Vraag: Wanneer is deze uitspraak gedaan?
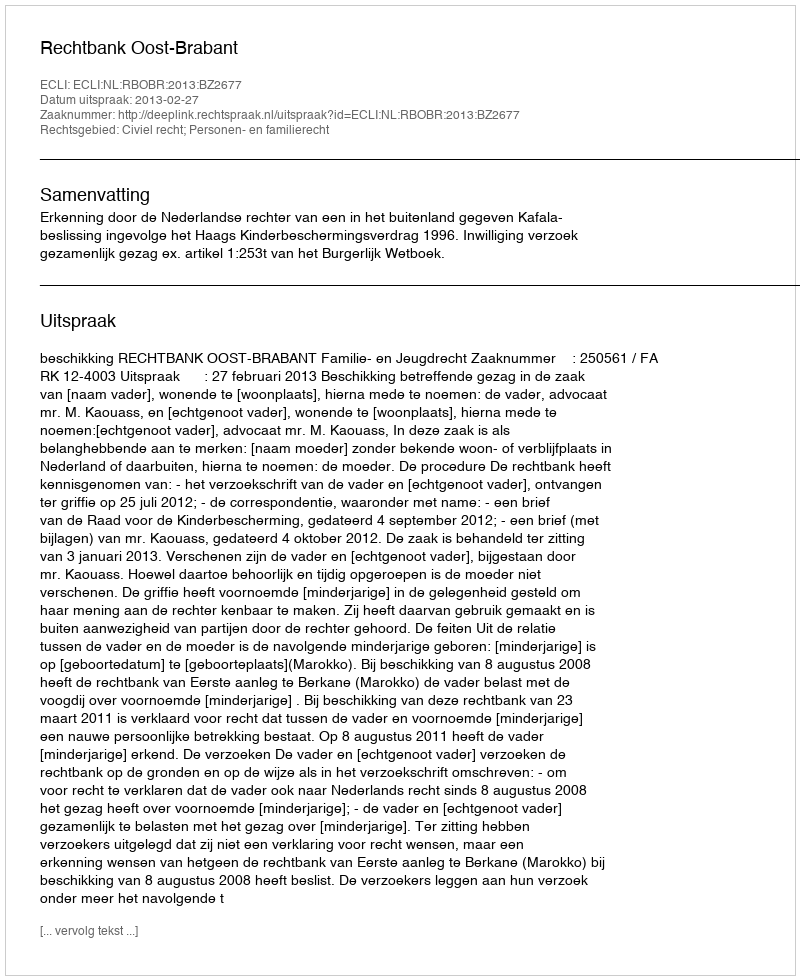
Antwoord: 2013-02-27